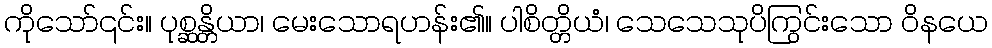
ကိုသော်၎င်း။ ပုစ္ဆန္တိယာ၊ မေးသောရဟန်း၏။ ပါစိတ္တိယံ၊ သေသေသုပိကြွင်းသော ဝိနယေ